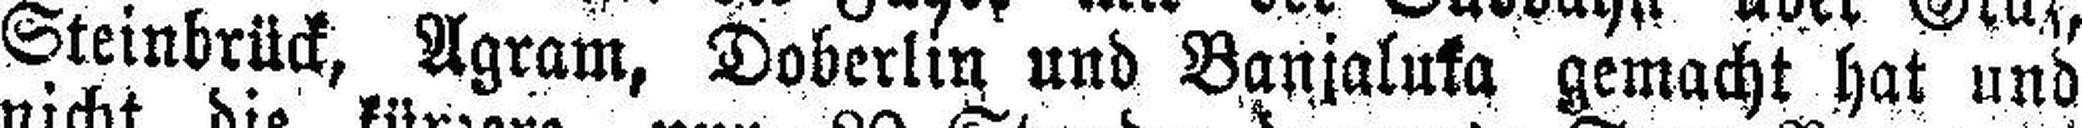
Steinbrück, Agram, Doberlin und Banjaluka gemacht hat und